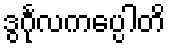
ဒွင်္ဂုလကပ္ပေါတိ